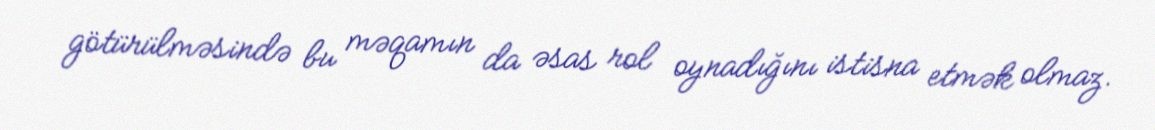
götürülməsində bu məqamın da əsas rol oynadığını istisna etmək olmaz.